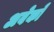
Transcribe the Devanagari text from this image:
अबेकों